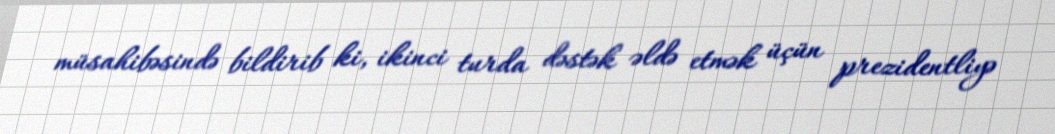
müsahibəsində bildirib ki, ikinci turda dəstək əldə etmək üçün prezidentliyə